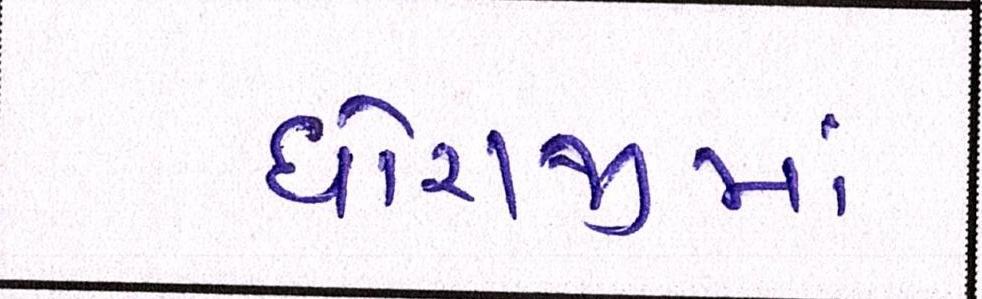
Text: ધોરાજીમાં